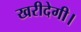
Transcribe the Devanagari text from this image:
खरीदेगी।